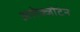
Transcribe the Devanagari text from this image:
अलेक्जोटेन